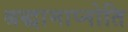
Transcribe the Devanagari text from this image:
श्रद्धामाप्नोति